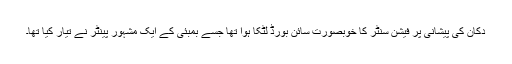
دُکان کی پیشانی پر فیشن سنٹر کا خوبصورت سائن بورڈ لٹکا ہوا تھا جسے بمبئی کے ایک مشہور پینٹر نے تیار کیا تھا۔